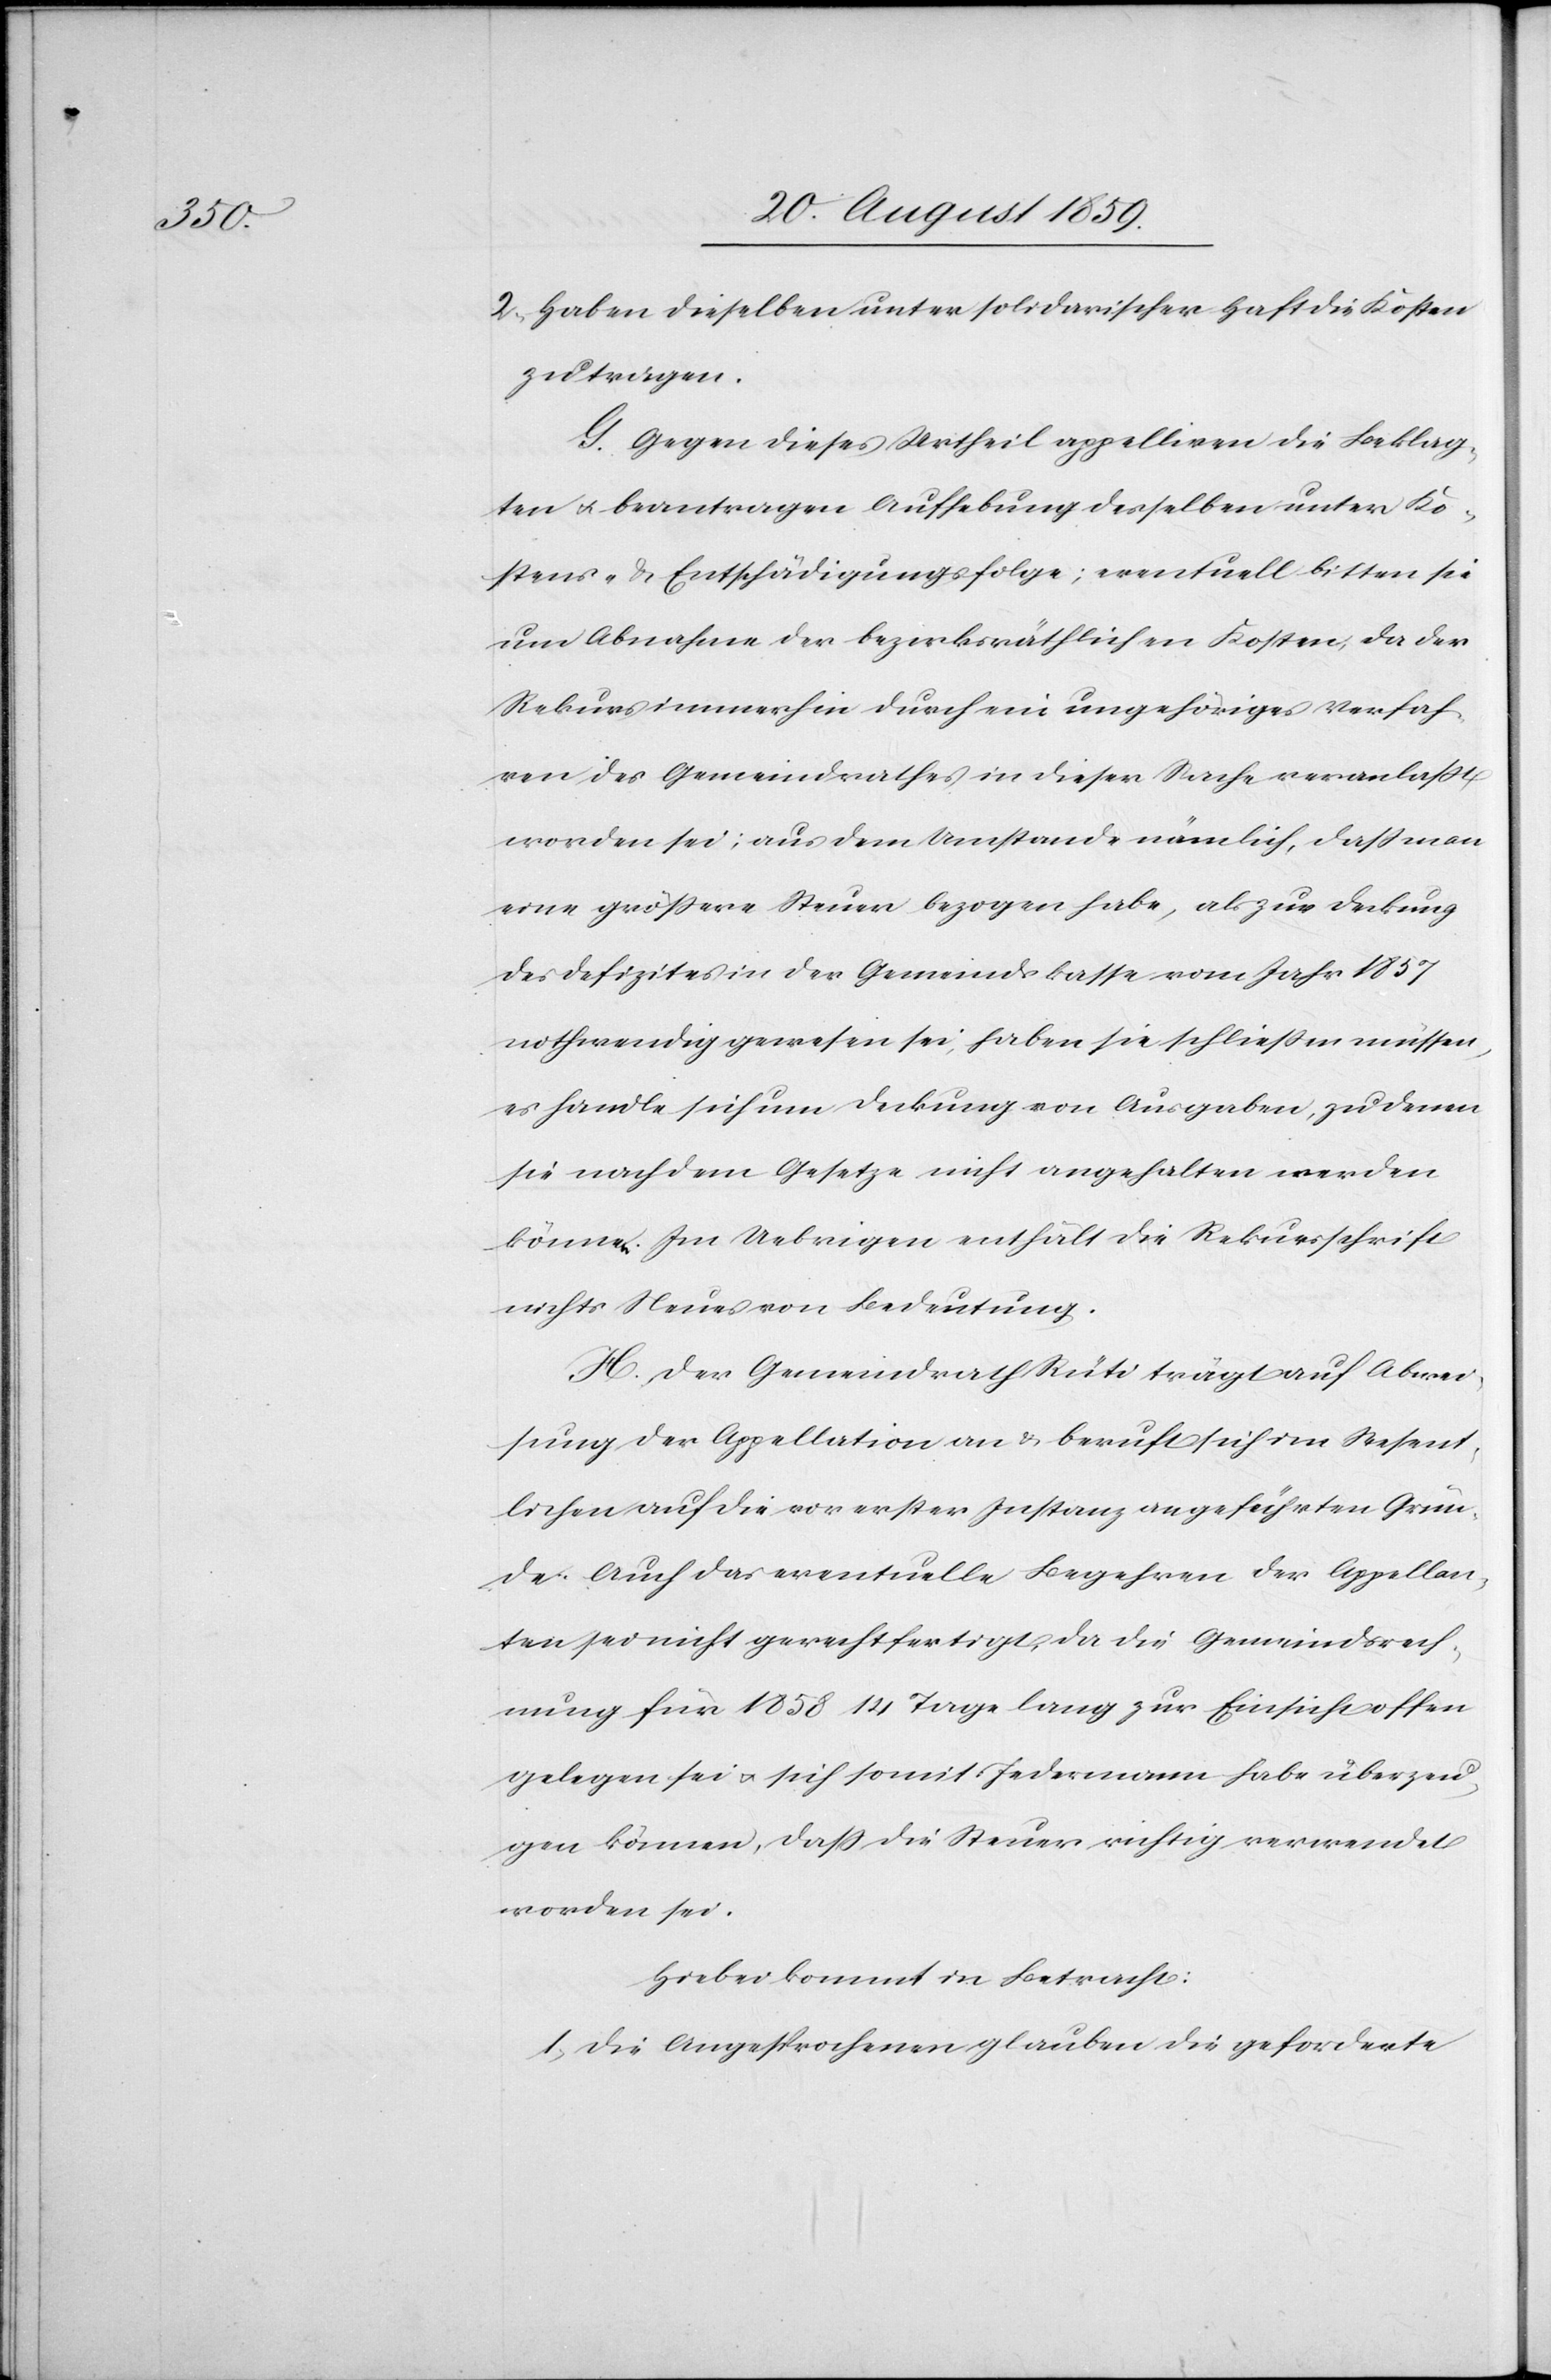
2. Haben dieselben unter solidarischer Haft die Kosten
zu tragen.
G. Gegen dieses Urtheil appelliren die Beklag¬
ten u. beantragen Aufhebung desselben unter Ko¬
stens- u. Entschädigungsfolge; eventuell bitten sie
um Abnahme der bezirksräthlichen Kosten, da der
Rekurs immerhin durch ein ungehöriges Verfah¬
ren des Gemeindrathes in dieser Sache veranlaßt
worden sei; aus dem Umstande nämlich, daß man
eine größere Steuer bezogen habe, als zur Deckung
des Defizites in der Gemeindekasse vom Jahr 1857
nothwendig gewesen sei, haben sie schließen müssen,
es handle sich um Deckung von Ausgaben, zu denen
sie nachdem Gesetze nicht angehalten werden
können. Im Uebrigen enthält die Rekursschrift
nichts Neues von Bedeutung.
H. Der Gemeindrath Rüti trägt auf Abwei¬
sung der Appellation an u. beruft sich im Wesent¬
lichen auf die vor erster Instanz angeführten Grün¬
de. Auch das eventuelle Begehren der Appellan¬
ten sei nicht gerechtfertigt, da die Gemeindsrech¬
nung für 1858 14 Tage lang zur Einsicht offen
gelegen sei u. sich somit Jedermann habe überzeu¬
gen können, daß die Steuer richtig verwendet
worden sei.
Hiebei kommt in Betracht:
1. Die Angesprochenen glauben die geforderte